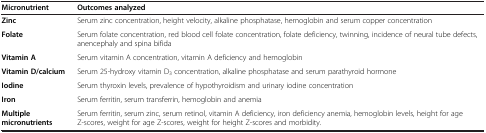
<table><thead><tr><td><b>Micronutrient</b></td><td><b>Outcomes analyzed</b></td></tr></thead><tbody><tr><td><b>Zinc</b></td><td>Serum zinc concentration, height velocity, alkaline phosphatase, hemoglobin and serum copper concentration</td></tr><tr><td><b>Folate</b></td><td>Serum folate concentration, red blood cell folate concentration, folate deficiency, twinning, incidence of neural tube defects, anencephaly and spina bifida</td></tr><tr><td><b>Vitamin A</b></td><td>Serum vitamin A concentration, vitamin A deficiency and hemoglobin</td></tr><tr><td><b>Vitamin D/calcium</b></td><td>Serum 25-hydroxy vitamin D<sub>3</sub> concentration, alkaline phosphatase and serum parathyroid hormone</td></tr><tr><td><b>Iodine</b></td><td>Serum thyroxin levels, prevalence of hypothyroidism and urinary iodine concentration</td></tr><tr><td><b>Iron</b></td><td>Serum ferritin, serum transferrin, hemoglobin and anemia</td></tr><tr><td><b>Multiple micronutrients</b></td><td>Serum ferritin, serum zinc, serum retinol, vitamin A deficiency, iron deficiency anemia, hemoglobin levels, height for age Z-scores, weight for age Z-scores, weight for height Z-scores and morbidity.</td></tr></tbody></table>